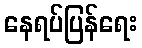
နေရပ်ပြန်ရေး